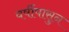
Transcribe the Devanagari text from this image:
वर्षीपासुन